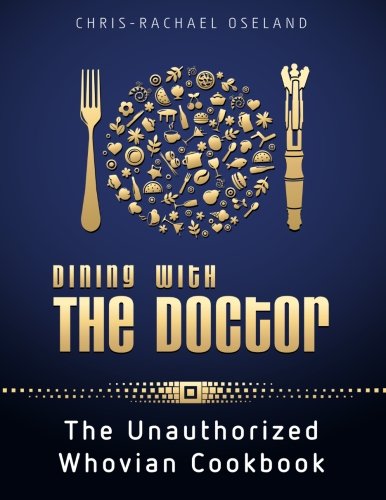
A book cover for Dining With The Doctor: The Unauthorized Whovian Cookbook; Chris-Rachael Oseland; Science Fiction & Fantasy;